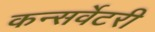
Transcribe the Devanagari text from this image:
कन्सर्वेटरी